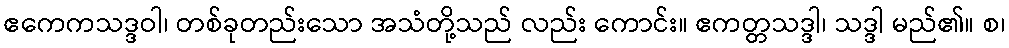
ဧကေကသဒ္ဒဝါ၊ တစ်ခုတည်းသော အသံတို့သည် လည်း ကောင်း။ ဧကတ္တသဒ္ဒါ၊ သဒ္ဒါ မည်၏။ စ၊